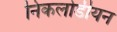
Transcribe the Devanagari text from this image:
निकलोडीयन